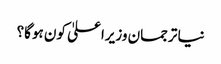
نیا ترجمان وزیراعلیٰ کون ہوگا؟